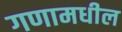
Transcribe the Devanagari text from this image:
गणामधील